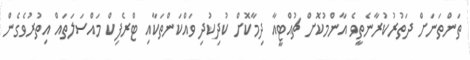
ތަންތަނަށް ދަތުރުކުރާނެތީވެ އާންމުކޮށް ޗުއްޓީއާ ދިމާކޮށް ކުދިކުދި ވައްކަންތަކާއި ޓްރެފިކް މައްސަލަތައް އިތުރުވެގެން